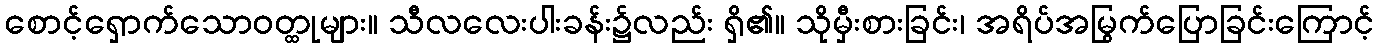
စောင့်ရှောက်သောဝတ္ထုများ။ သီလလေးပါးခန်း၌လည်း ရှိ၏။ သိုမှီးစားခြင်း၊ အရိပ်အမြွက်ပြောခြင်းကြောင့်